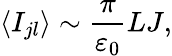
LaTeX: \left\langle I_{jl}\right\rangle\sim\frac{\pi}{\varepsilon_{0}}LJ,